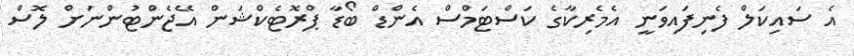
އެ ސައިކަލް ފެނިފައިވަނީ އެމެރިކާގެ ކަސްޓަމްސް އެންޑް ބޯޑާ ޕްރޮޓެކްޝަން އޭޖެންޓުންނަށް ލޮސް